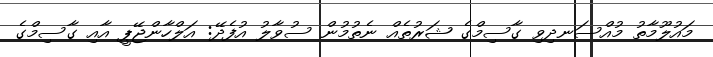
މައުލޫމާތު މުއްސަނދިވި ގާސިމްގެ ޝަރުތެއް ނެތުމުން ސުވާލު އުފެދޭ: އަލްހާންޖޭޕީ އާއި ގާސިމްގެ